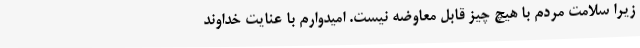
زیرا سلامت مردم با هیچ چیز قابل معاوضه نیست. امیدوارم با عنایت خداوند